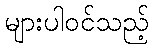
များပါဝင်သည့်